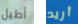
أطيل أريد